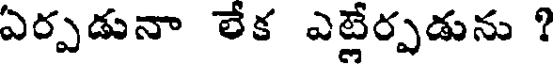
ఏర్పడునా లేక ఎట్లేర్పడును ?